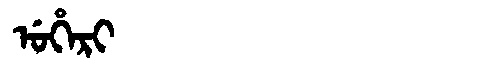
Manchu: ᡠᡥᡝᡵᡳ
Romanization: UHERI